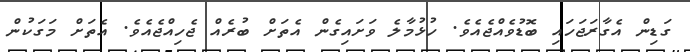
ގަޑިން އެގާރަޖަހައި ބޮޑުވެއްޖެއެވެ. ހުޅުމާލެ ވަށައިގެން އެތަށް ބުރެއް ޖެހިއްޖެއެވެ. އެތަށް މަގަކުން